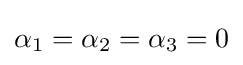
\alpha _{1}=\alpha _{2}=\alpha _{3}=0